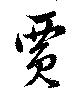
賈